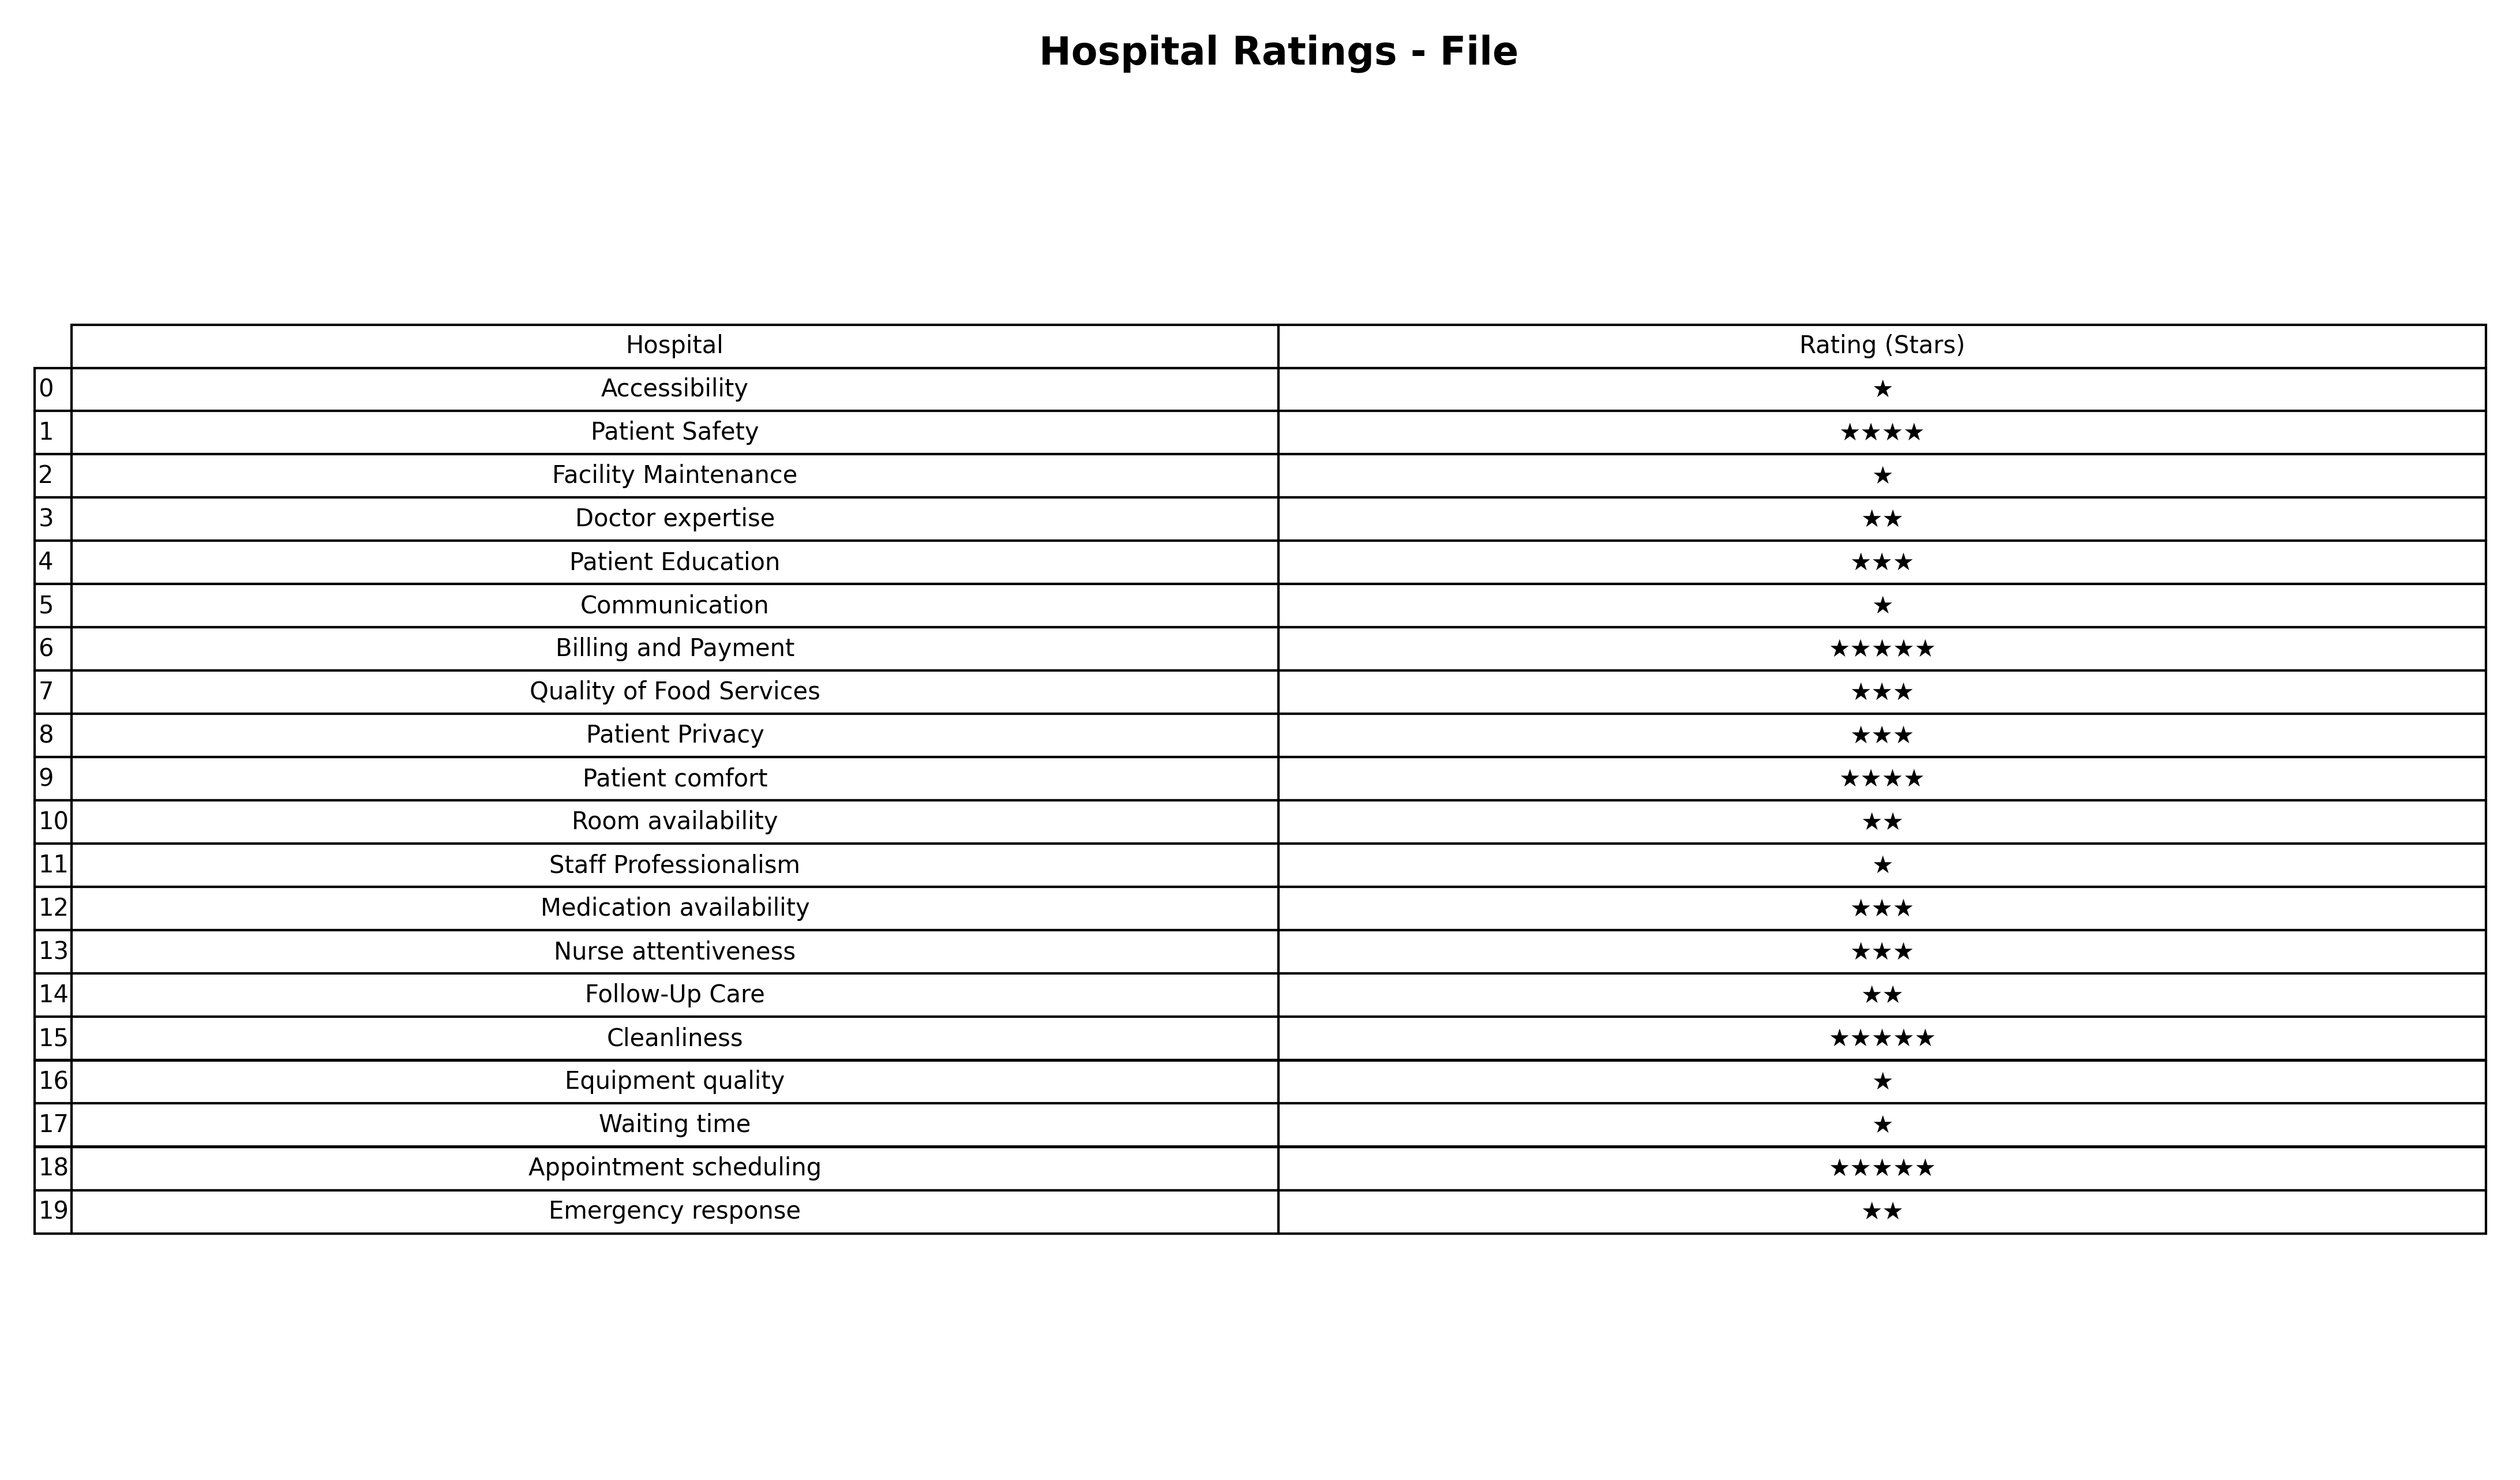
question: What are lowest rating services?
answer: Patient SafetyPatient comfort